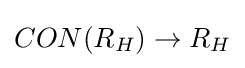
CON(R_{H})\rightarrow R_{H}